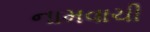
નામવાચી